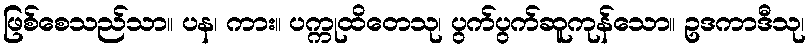
ဖြစ်စေသည်သာ။ ပန၊ ကား။ ပက္ကုထိတေသု၊ ပွက်ပွက်ဆူကုန်သော။ ဥဒကာဒီသု၊